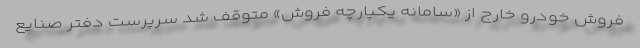
فروش خودرو خارج از «سامانه یکپارچه فروش» متوقف شد سرپرست دفتر صنایع